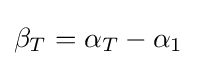
\beta _{T}=\alpha _{T}-\alpha _{1}